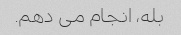
بله، انجام می دهم.